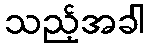
သည့်အခါ